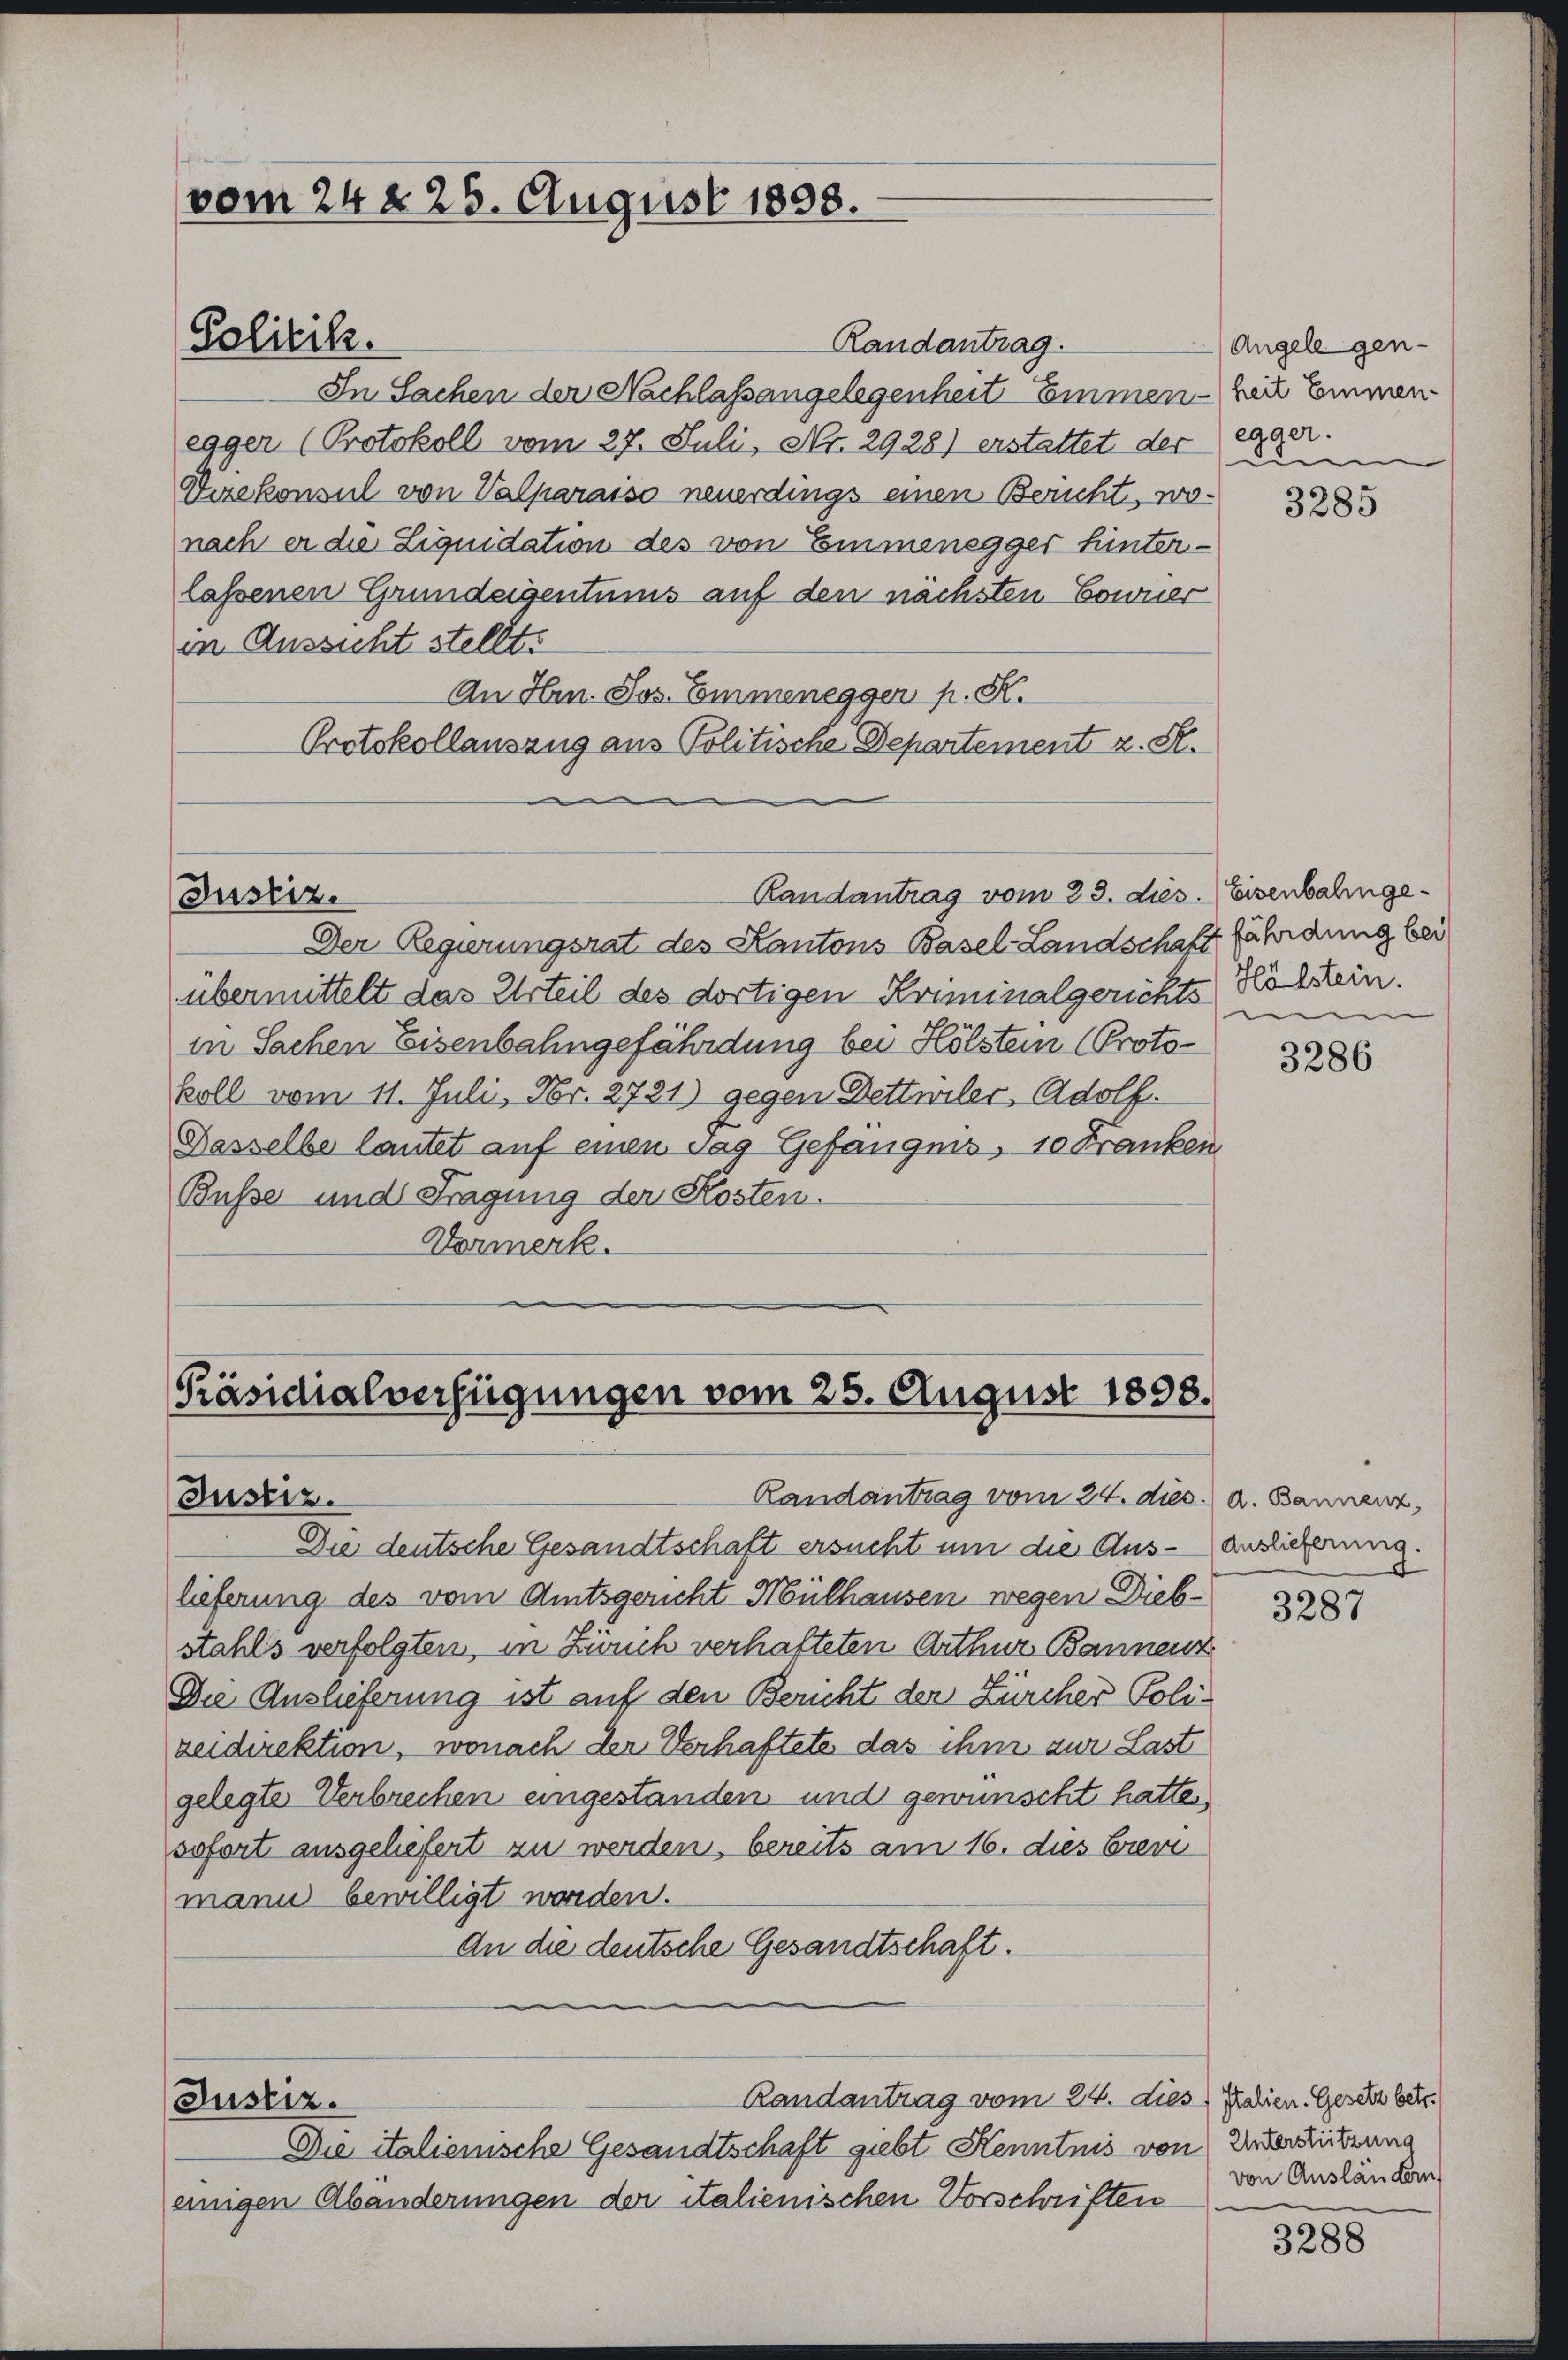
vom 24 § 26. August 1898.

Randantrag.
In Sachen der Nachlassangelegenheit Emmenheit kommen
egger (Protokoll vom 27. Juli, No. 2928) erstattet der
Drekonsul von Valparaiso neuerdings einen Bericht, wonach er die Liquidation des von Einmenegger hinterlaßenen Grundeigentums auf den nächsten Eownier
in Aussicht stellt.
An Hrn. Jos. Emmenegger p. K.
Protokollauszug aus Politische Departement z. S.
Randantrag vom 23. dies. Eisenbahnge¬
Justiz.
Der Regierungsrat des Kantons Basel-Landschaft fährdung bei
übermittelt das Urteil des dortigen Kriminalgerichts Höchstein.
in Sachen Eisenbahngefährdung bei Hölstein (Protokoll vom 11. Juli, Fr. 2721) gegen Dettwiler, Adolf.
Dasselbe lautet auf einen Tag Gefängnis, 10 Franken
Busse und Fragung der Kosten.
Vormerk.

Politik.

Präsidialverfügungen vom 25. August 1898.
Randantrag vom 24. dies. A. Bannenz,
Justiz.

Die deutsche Gesandtschaft ersucht um die Auslieferung des vom Amtsgericht Mülhausen wegen Diebstahls verfolgten, in Zürich verhafteten Arthur Bannenz
Die Auslieferung ist auf den Bericht der Zürcher Polizeidirektion, wonach der Verhaftete das ihm zur Last
gelegte Verbrechen eingestanden und gewünscht hatte,
sofort ausgeliefert zu werden, bereits am 16. dies breve
mann bewilligt worden.
An die deutsche Gesandtschaft.
Randantrag vom 24. dies Salien. Gesetz betr.
Justiz.
Die italienische Gesandtschaft giebt Kenntnis von Intersitzung
einigen Abänderungen der italienischen Vorschriften

Angelegeneager.
d

3285

mn

3286

Auslieferung.

3287

von Ausländern

3288